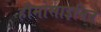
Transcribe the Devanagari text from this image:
हीमोसाइनिन